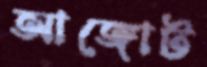
আঙ্গোট